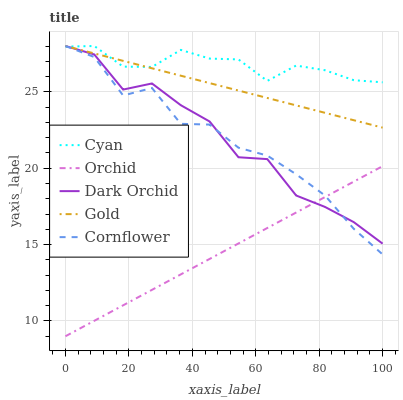
| xaxis_label | Cyan | Orchid | Dark Orchid | Gold | Cornflower |
 | --- | --- | --- | --- | --- | --- |
 | 0 | 28 | 9 | 28 | 28 | 28 |
 | 9.09 | 28 | 10 | 27.4 | 27.5 | 27.3 |
 | 18.2 | 26.6 | 11 | 25.1 | 27 | 24.8 |
 | 27.3 | 26.6 | 12 | 25.5 | 26.5 | 25.3 |
 | 36.4 | 27.7 | 13 | 24.1 | 26.1 | 22.9 |
 | 45.5 | 27.2 | 14.1 | 23.1 | 25.6 | 22.9 |
 | 54.5 | 27.1 | 15.1 | 20.7 | 25.1 | 21.3 |
 | 63.6 | 25.7 | 16.1 | 20.6 | 24.6 | 20.8 |
 | 72.7 | 26.7 | 17.1 | 18.2 | 24.1 | 19.6 |
 | 81.8 | 26.4 | 18.1 | 17.5 | 23.6 | 18.2 |
 | 90.9 | 25.8 | 19.1 | 16.5 | 23.1 | 16 |
 | 100 | 25.6 | 20.1 | 15.1 | 22.7 | 14.4 |